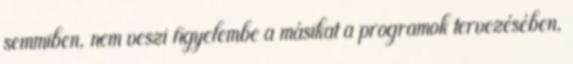
semmiben, nem veszi figyelembe a másikat a programok tervezésében,